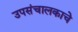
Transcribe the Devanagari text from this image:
उपसंचालकाचे